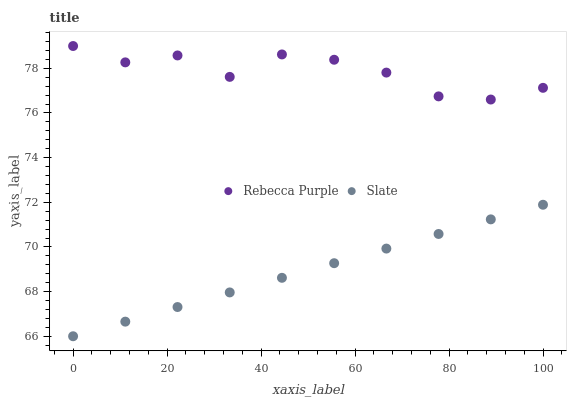
| xaxis_label | Rebecca Purple | Slate |
 | --- | --- | --- |
 | 0 | 79 | 66 |
 | 11.1 | 78.3 | 66.7 |
 | 22.2 | 78.6 | 67.3 |
 | 33.3 | 77.6 | 68 |
 | 44.4 | 78.6 | 68.6 |
 | 55.6 | 78.4 | 69.3 |
 | 66.7 | 77.8 | 69.9 |
 | 77.8 | 76.7 | 70.6 |
 | 88.9 | 76.6 | 71.2 |
 | 100 | 77.1 | 71.9 |